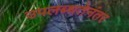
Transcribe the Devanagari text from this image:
उपलब्धतेनंतर